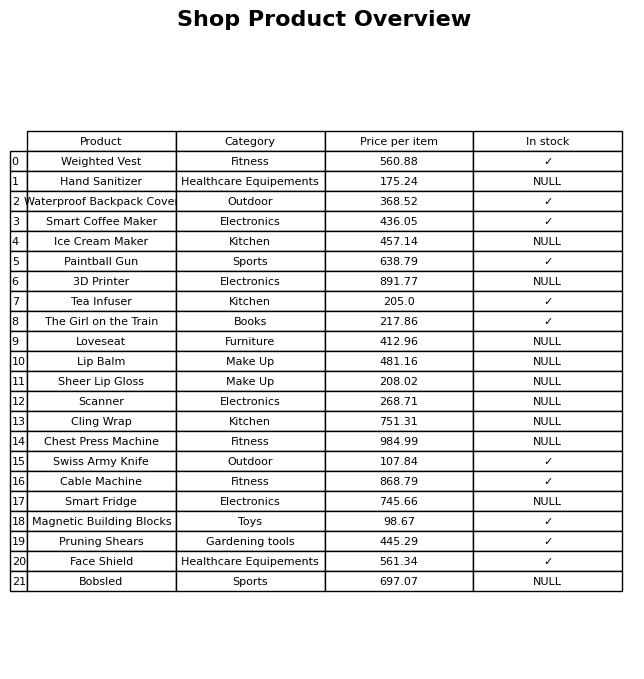
question: What is the price of the 3D Printer?
answer: The price of 3D Printer is 891.77.